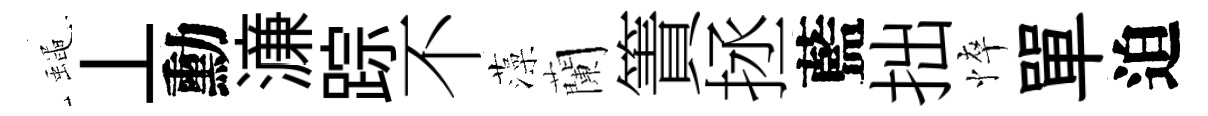
蠅丄勳濓踪不藻蘭簀拯藍拙悴單迫